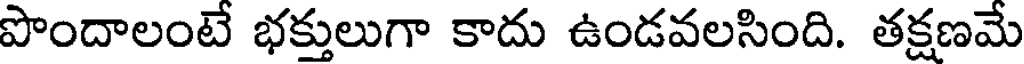
పొందాలంటే భక్తులుగా కాదు ఉండవలసింది. తక్షణమే